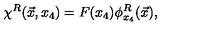
\chi ^ { R } ( \vec { x } , x _ { 4 } ) = F ( x _ { 4 } ) \phi _ { x _ { 4 } } ^ { R } ( \vec { x } ) ,